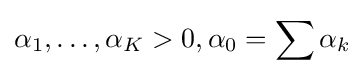
\alpha _{1},\ldots ,\alpha _{K}>0,\alpha _{0}=\sum \alpha _{k}